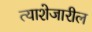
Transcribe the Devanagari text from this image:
त्याशेजारील